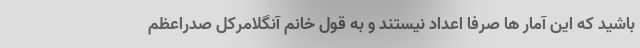
باشید که این آمار ها صرفا اعداد نیستند و به قول خانم آنگلامرکل صدراعظم